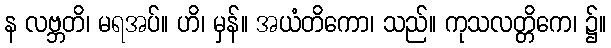
န လဗ္ဘတိ၊ မရအပ်။ ဟိ၊ မှန်။ အယံတိကော၊ သည်။ ကုသလတ္တိကေ၊ ၌။